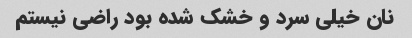
نان خیلی سرد و خشک شده بود راضی نیستم